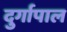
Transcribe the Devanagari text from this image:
दुर्गापाल